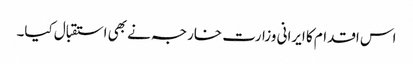
اس اقدام کا ایرانی وزارت خارجہ نے بھی استقبال کیا۔